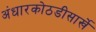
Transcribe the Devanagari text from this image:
अंधारकोठडीसार्खे